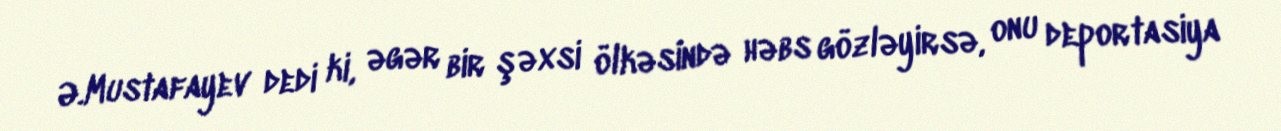
Ə.Mustafayev dedi ki, əgər bir şəxsi ölkəsində həbs gözləyirsə, onu deportasiya